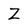
Character: Z